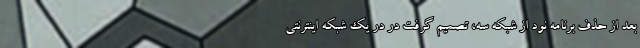
بعد از حذف برنامه نود از شبکه سه، تصمیم گرفت در در یک شبکه اینترنتی